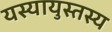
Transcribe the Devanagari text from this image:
यस्यायुस्तस्य